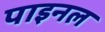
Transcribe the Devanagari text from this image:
पाइनल